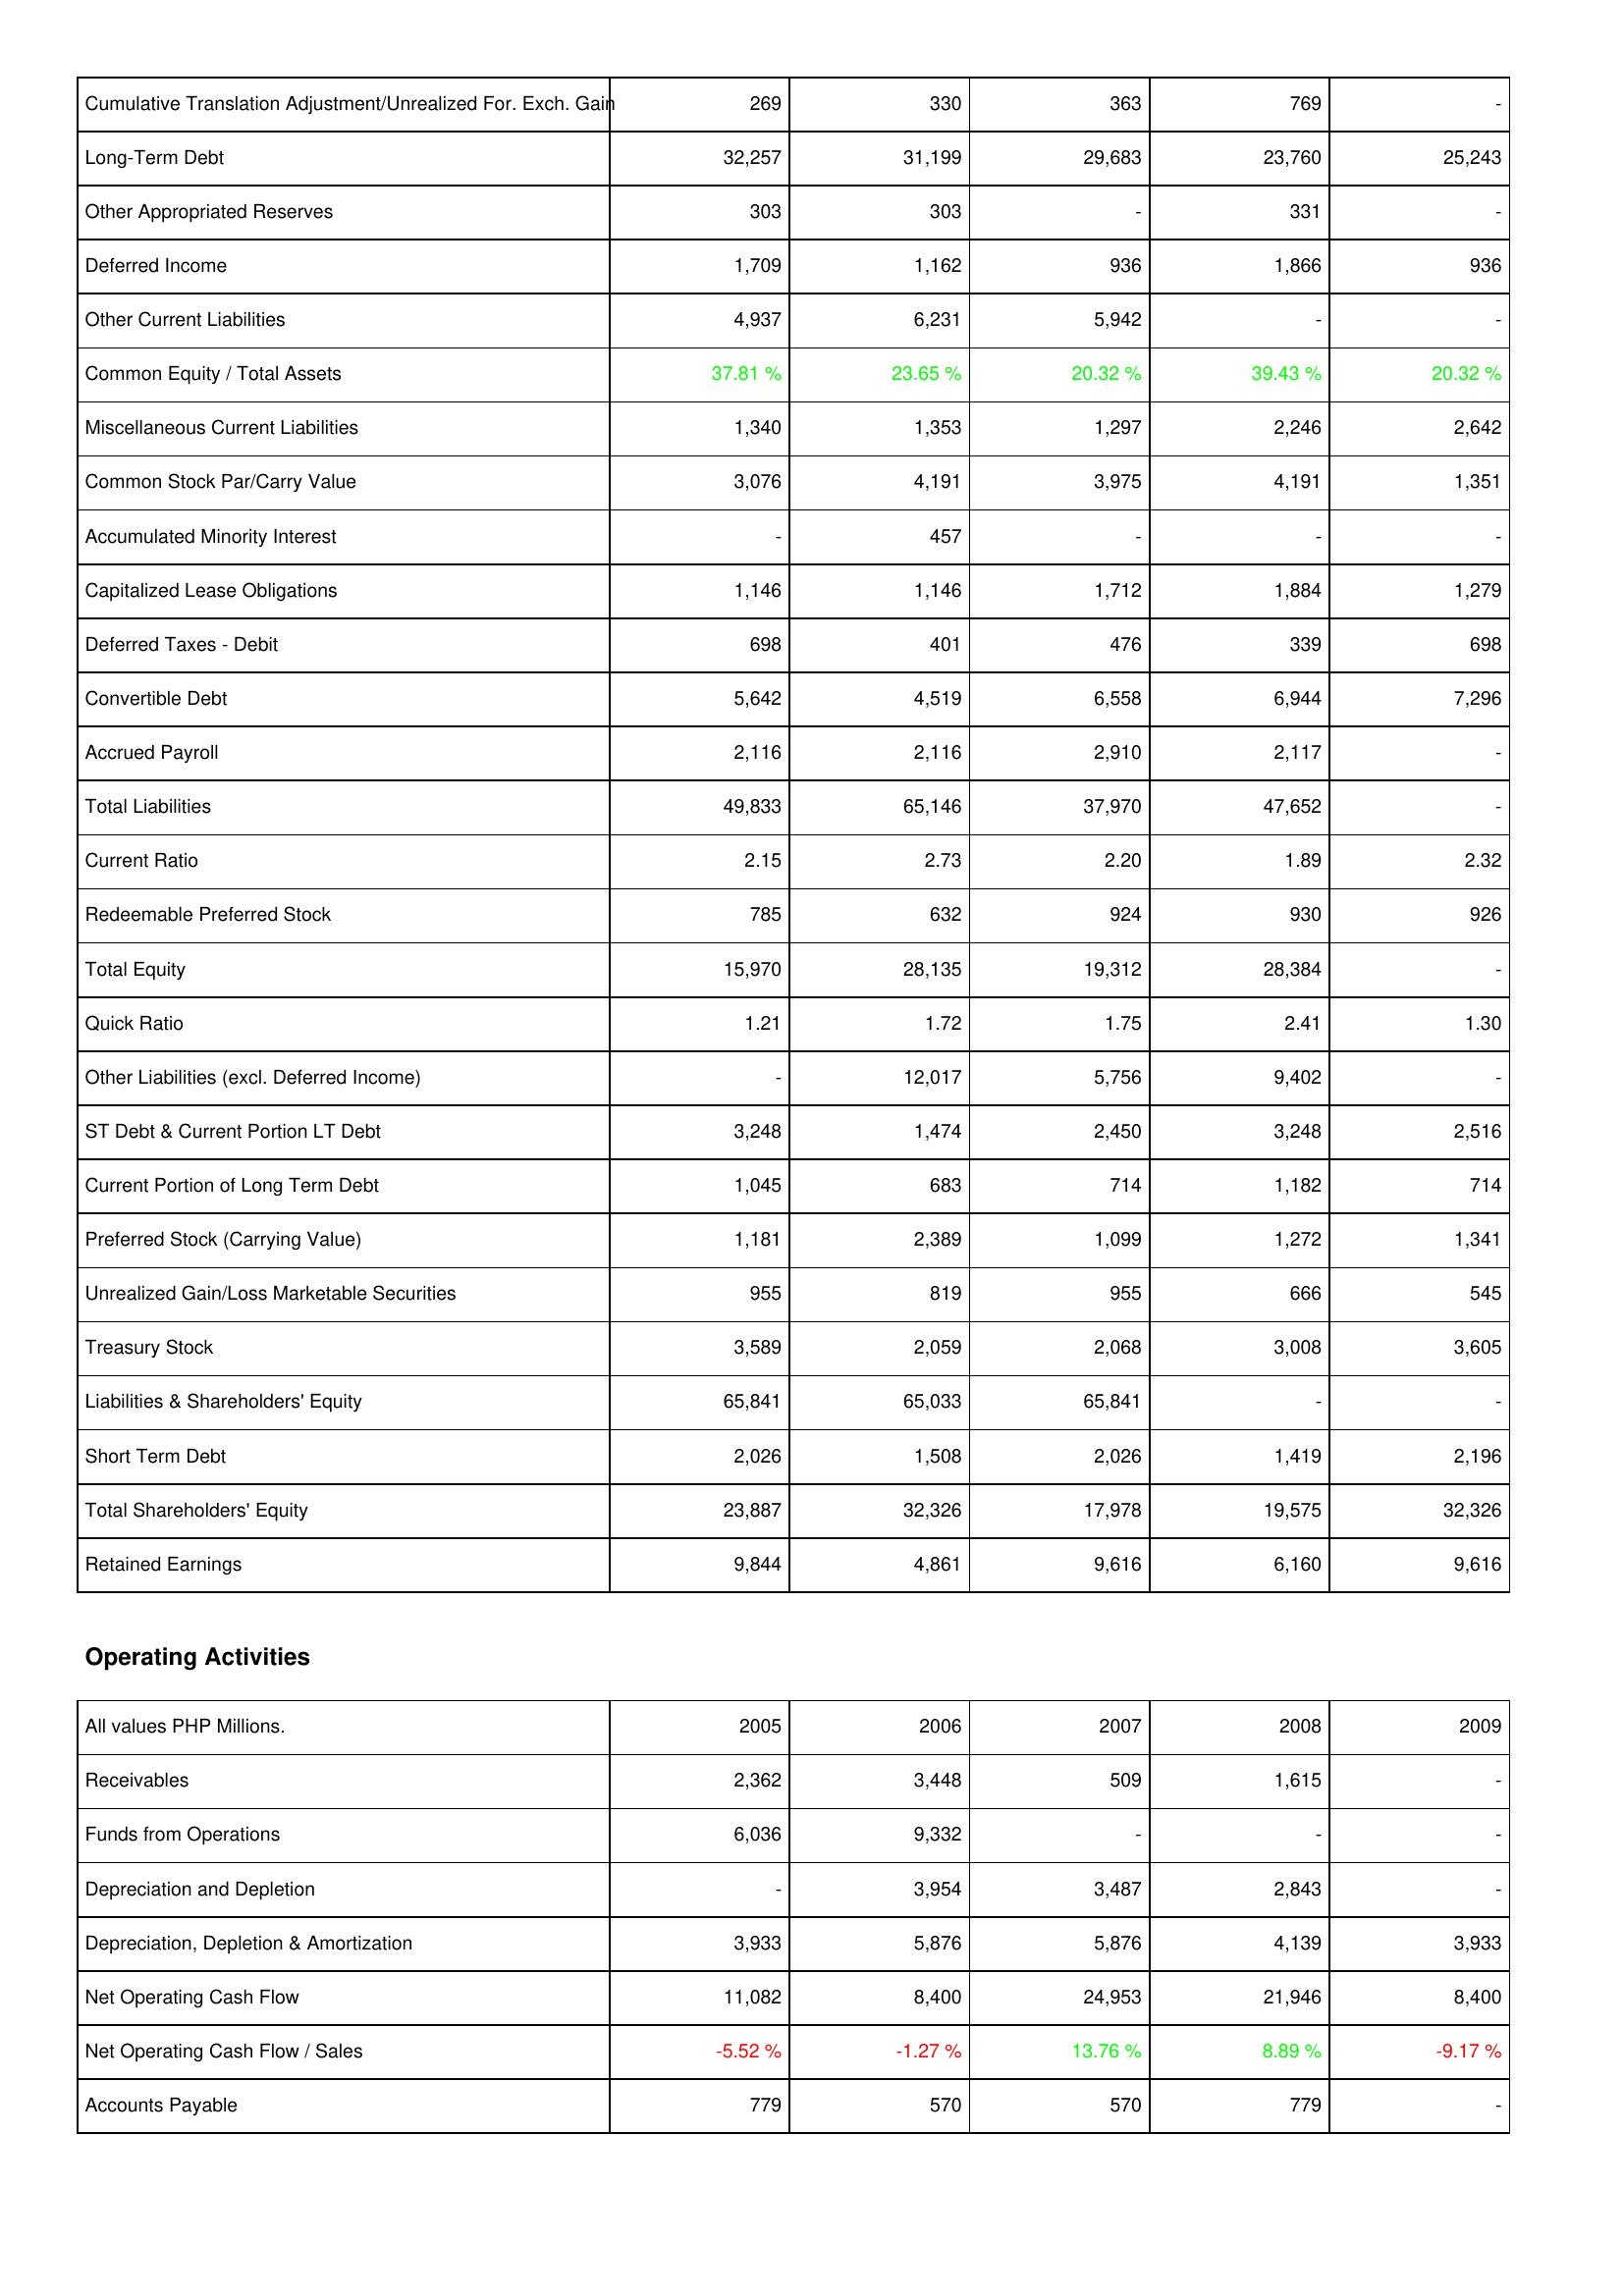
2005: Liabilities & Shareholders' Equity: Cumulative Translation Adjustment/Unrealized For. Exch. Gain: 269
Long-Term Debt: 32,257
Other Appropriated Reserves: 303
Deferred Income: 1,709
Other Current Liabilities: 4,937
Common Equity / Total Assets: 37.81 %
Miscellaneous Current Liabilities: 1,340
Common Stock Par/Carry Value: 3,076
Accumulated Minority Interest: -
Capitalized Lease Obligations: 1,146
Deferred Taxes - Debit: 698
Convertible Debt: 5,642
Accrued Payroll: 2,116
Total Liabilities: 49,833
Current Ratio: 2.15
Redeemable Preferred Stock: 785
Total Equity: 15,970
Quick Ratio: 1.21
Other Liabilities (excl. Deferred Income): -
ST Debt & Current Portion LT Debt: 3,248
Current Portion of Long Term Debt: 1,045
Preferred Stock (Carrying Value): 1,181
Unrealized Gain/Loss Marketable Securities: 955
Treasury Stock: 3,589
Liabilities & Shareholders' Equity: 65,841
Short Term Debt: 2,026
Total Shareholders' Equity: 23,887
Retained Earnings: 9,844
Operating Activities: Receivables: 2,362
Funds from Operations: 6,036
Depreciation and Depletion: -
Depreciation, Depletion & Amortization: 3,933
Net Operating Cash Flow: 11,082
Net Operating Cash Flow / Sales: -5.52 %
Accounts Payable: 779
2006: Liabilities & Shareholders' Equity: Cumulative Translation Adjustment/Unrealized For. Exch. Gain: 330
Long-Term Debt: 31,199
Other Appropriated Reserves: 303
Deferred Income: 1,162
Other Current Liabilities: 6,231
Common Equity / Total Assets: 23.65 %
Miscellaneous Current Liabilities: 1,353
Common Stock Par/Carry Value: 4,191
Accumulated Minority Interest: 457
Capitalized Lease Obligations: 1,146
Deferred Taxes - Debit: 401
Convertible Debt: 4,519
Accrued Payroll: 2,116
Total Liabilities: 65,146
Current Ratio: 2.73
Redeemable Preferred Stock: 632
Total Equity: 28,135
Quick Ratio: 1.72
Other Liabilities (excl. Deferred Income): 12,017
ST Debt & Current Portion LT Debt: 1,474
Current Portion of Long Term Debt: 683
Preferred Stock (Carrying Value): 2,389
Unrealized Gain/Loss Marketable Securities: 819
Treasury Stock: 2,059
Liabilities & Shareholders' Equity: 65,033
Short Term Debt: 1,508
Total Shareholders' Equity: 32,326
Retained Earnings: 4,861
Operating Activities: Receivables: 3,448
Funds from Operations: 9,332
Depreciation and Depletion: 3,954
Depreciation, Depletion & Amortization: 5,876
Net Operating Cash Flow: 8,400
Net Operating Cash Flow / Sales: -1.27 %
Accounts Payable: 570
2007: Liabilities & Shareholders' Equity: Cumulative Translation Adjustment/Unrealized For. Exch. Gain: 363
Long-Term Debt: 29,683
Other Appropriated Reserves: -
Deferred Income: 936
Other Current Liabilities: 5,942
Common Equity / Total Assets: 20.32 %
Miscellaneous Current Liabilities: 1,297
Common Stock Par/Carry Value: 3,975
Accumulated Minority Interest: -
Capitalized Lease Obligations: 1,712
Deferred Taxes - Debit: 476
Convertible Debt: 6,558
Accrued Payroll: 2,910
Total Liabilities: 37,970
Current Ratio: 2.20
Redeemable Preferred Stock: 924
Total Equity: 19,312
Quick Ratio: 1.75
Other Liabilities (excl. Deferred Income): 5,756
ST Debt & Current Portion LT Debt: 2,450
Current Portion of Long Term Debt: 714
Preferred Stock (Carrying Value): 1,099
Unrealized Gain/Loss Marketable Securities: 955
Treasury Stock: 2,068
Liabilities & Shareholders' Equity: 65,841
Short Term Debt: 2,026
Total Shareholders' Equity: 17,978
Retained Earnings: 9,616
Operating Activities: Receivables: 509
Funds from Operations: -
Depreciation and Depletion: 3,487
Depreciation, Depletion & Amortization: 5,876
Net Operating Cash Flow: 24,953
Net Operating Cash Flow / Sales: 13.76 %
Accounts Payable: 570
2008: Liabilities & Shareholders' Equity: Cumulative Translation Adjustment/Unrealized For. Exch. Gain: 769
Long-Term Debt: 23,760
Other Appropriated Reserves: 331
Deferred Income: 1,866
Other Current Liabilities: -
Common Equity / Total Assets: 39.43 %
Miscellaneous Current Liabilities: 2,246
Common Stock Par/Carry Value: 4,191
Accumulated Minority Interest: -
Capitalized Lease Obligations: 1,884
Deferred Taxes - Debit: 339
Convertible Debt: 6,944
Accrued Payroll: 2,117
Total Liabilities: 47,652
Current Ratio: 1.89
Redeemable Preferred Stock: 930
Total Equity: 28,384
Quick Ratio: 2.41
Other Liabilities (excl. Deferred Income): 9,402
ST Debt & Current Portion LT Debt: 3,248
Current Portion of Long Term Debt: 1,182
Preferred Stock (Carrying Value): 1,272
Unrealized Gain/Loss Marketable Securities: 666
Treasury Stock: 3,008
Liabilities & Shareholders' Equity: -
Short Term Debt: 1,419
Total Shareholders' Equity: 19,575
Retained Earnings: 6,160
Operating Activities: Receivables: 1,615
Funds from Operations: -
Depreciation and Depletion: 2,843
Depreciation, Depletion & Amortization: 4,139
Net Operating Cash Flow: 21,946
Net Operating Cash Flow / Sales: 8.89 %
Accounts Payable: 779
2009: Liabilities & Shareholders' Equity: Cumulative Translation Adjustment/Unrealized For. Exch. Gain: -
Long-Term Debt: 25,243
Other Appropriated Reserves: -
Deferred Income: 936
Other Current Liabilities: -
Common Equity / Total Assets: 20.32 %
Miscellaneous Current Liabilities: 2,642
Common Stock Par/Carry Value: 1,351
Accumulated Minority Interest: -
Capitalized Lease Obligations: 1,279
Deferred Taxes - Debit: 698
Convertible Debt: 7,296
Accrued Payroll: -
Total Liabilities: -
Current Ratio: 2.32
Redeemable Preferred Stock: 926
Total Equity: -
Quick Ratio: 1.30
Other Liabilities (excl. Deferred Income): -
ST Debt & Current Portion LT Debt: 2,516
Current Portion of Long Term Debt: 714
Preferred Stock (Carrying Value): 1,341
Unrealized Gain/Loss Marketable Securities: 545
Treasury Stock: 3,605
Liabilities & Shareholders' Equity: -
Short Term Debt: 2,196
Total Shareholders' Equity: 32,326
Retained Earnings: 9,616
Operating Activities: Receivables: -
Funds from Operations: -
Depreciation and Depletion: -
Depreciation, Depletion & Amortization: 3,933
Net Operating Cash Flow: 8,400
Net Operating Cash Flow / Sales: -9.17 %
Accounts Payable: -